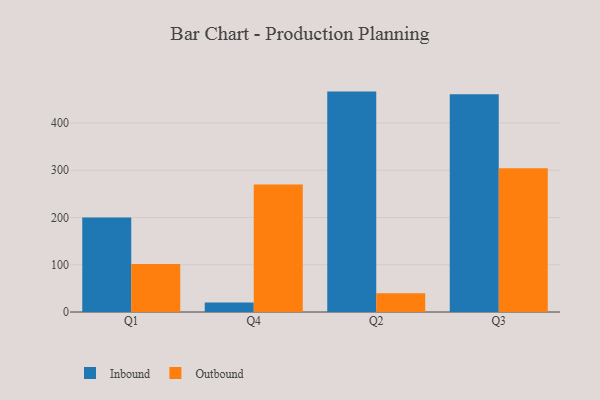
{"axis": {"x": "Quarter", "y": "Headcount"}, "legend": ["Inbound", "Outbound"], "data": [{"x": "Q1", "y": 199.9, "type": "Inbound"}, {"x": "Q1", "y": 101.5, "type": "Outbound"}, {"x": "Q4", "y": 20.1, "type": "Inbound"}, {"x": "Q4", "y": 269.8, "type": "Outbound"}, {"x": "Q2", "y": 466.4, "type": "Inbound"}, {"x": "Q2", "y": 39.6, "type": "Outbound"}, {"x": "Q3", "y": 461.0, "type": "Inbound"}, {"x": "Q3", "y": 304.0, "type": "Outbound"}]}